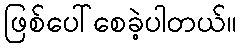
ဖြစ်ပေါ်စေခဲ့ပါတယ်။